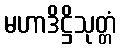
မဟာဒိဋ္ဌိသုတ္တံ